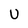
Character: U